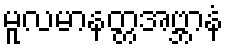
မူလမာနတ္တအဗ္ဘာနံ